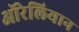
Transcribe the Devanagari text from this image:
ऑरेलियान